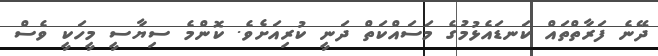
ދޭނެ ފަރާތްތައް ކަނޑައެޅުމުގެ މަސައްކަތް ދަނީ ކުރިއަށެވެ. ކޮންމެ ސިޔާސީ މީހަކީ ވެސް